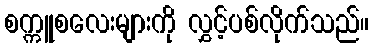
စက္ကူစလေးများကို လွှင့်ပစ်လိုက်သည်။